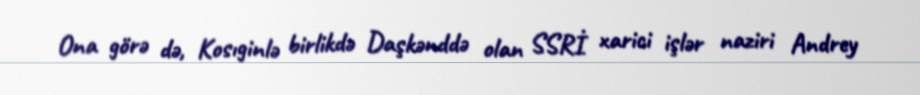
Ona görə də, Kosıginlə birlikdə Daşkənddə olan SSRİ xarici işlər naziri Andrey